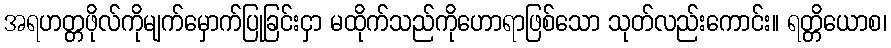
အရဟတ္တဖိုလ်ကိုမျက်မှောက်ပြုခြင်းငှာ မထိုက်သည်ကိုဟောရာဖြစ်သော သုတ်လည်းကောင်း။ ရတ္တိယောစ၊